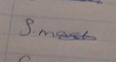
Signature authenticity: genuine